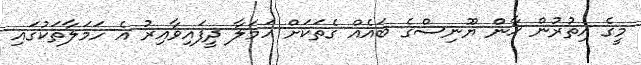
މީގެ އިތުރުން ޚާން ޔޫނިސްގެ ބައެއް ގެތަކަށް ހަމަލާ ދީފައިވާއިރު އެ ހަމަލާތަކުގައި